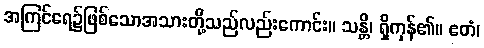
အကြင်ရေ၌ဖြစ်သောအသားတို့သည်လည်းကောင်း။ သန္တိ၊ ရှိကုန်၏။ ဧတံ၊